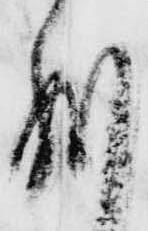
別